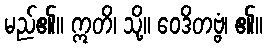
မည်၏။ ဣတိ၊ သို့။ ဝေဒိတဗ္ဗံ၊ ၏။